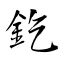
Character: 釳